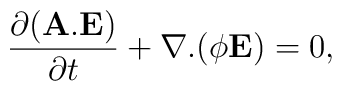
\frac{\partial ({\bf A}.{\bf E})}{\partial t} + \nabla.(\phi{\bf E})=0,